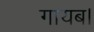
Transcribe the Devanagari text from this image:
गायब।